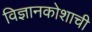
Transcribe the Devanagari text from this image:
विज्ञानकोशाची